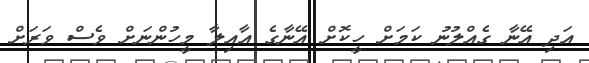
އަދި އޭނާ ގެއްލުނު ކަމަށް ހީކޮށް އޭނާގެ އާއިލާ މީހުންނަށް ވެސް ވަރަށް